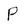
Character: P